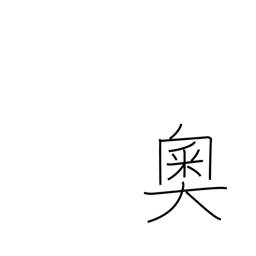
Meaning: heart